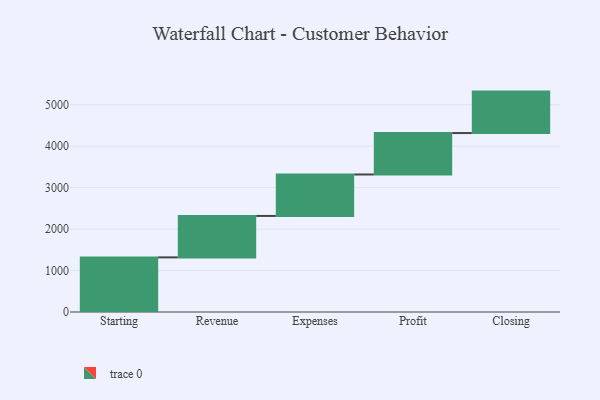
{"axis": {"x": "Step", "y": "Value"}, "legend": [""], "data": [{"x": "Starting", "y": 1318.0, "type": ""}, {"x": "Revenue", "y": 1000, "type": ""}, {"x": "Expenses", "y": 1000, "type": ""}, {"x": "Profit", "y": 1000, "type": ""}, {"x": "Closing", "y": 1000, "type": ""}]}